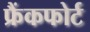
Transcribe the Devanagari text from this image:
फ्रैंकफोर्ट